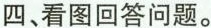
四、看图回答问题。